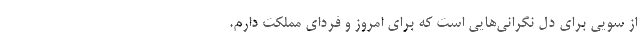
از سویی برای دل نگرانی‌هایی است که برای امروز و فردای مملکت دارم.